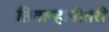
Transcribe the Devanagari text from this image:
सितान्हानीतरी